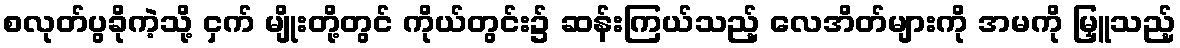
စလုတ်ပွခိုကဲ့သို့ ငှက် မျိုးတို့တွင် ကိုယ်တွင်း၌ ဆန်းကြယ်သည့် လေအိတ်များကို အမကို မြှူသည့်